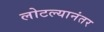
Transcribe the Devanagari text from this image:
लोटल्‍यानंतर